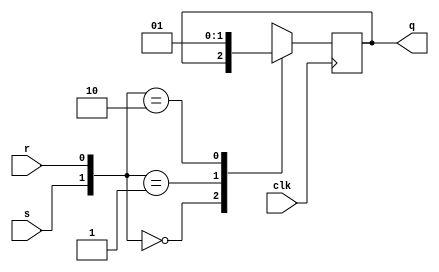
module sr_flipflop(input clk, s,r,  output reg q);

always@(posedge clk)begin

case({s,r})
2'b00 : q<=q;
2'b01 : q<=1'b0;
2'b10 : q<=1'b1;
2'b11 : q<=1'bx;
endcase
end
endmodule
module sr_flipflop_tb;

reg clk, s,r,;
wire q;

sr_flipflop sr(clk,s,r,q);

always #5 clk=~clk;
initial 
begin
clk=0;

s=0; r=0; #10
s=1; r=0; #10
s=0; r=0; #10
s=0; r=1; #10
s=1; r=1; #10;
$finish;
end
endmodule